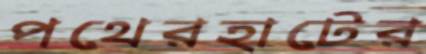
পথেরহাটের